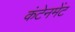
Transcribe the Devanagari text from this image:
कंटेनमेंट